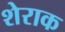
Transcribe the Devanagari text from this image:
शेराक